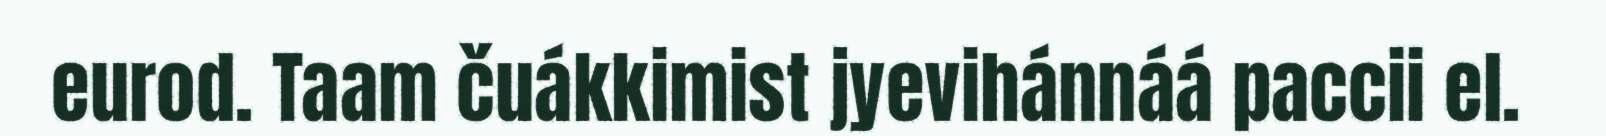
eurod. Taam čuákkimist jyevihánnáá paccii el.